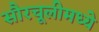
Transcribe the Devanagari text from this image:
सौरचूलीमध्ये